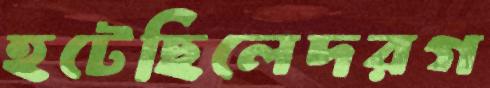
হটেছিলেদরগ